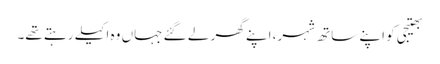
بھتیجی کو اپنے ساتھ شہر، اپنے گھر لے گئے جہاں وہ اکیلے رہتے تھے۔